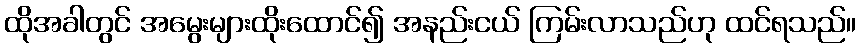
ထိုအခါတွင် အမွေးများထိုးထောင်၍ အနည်းငယ် ကြမ်းလာသည်ဟု ထင်ရသည်။